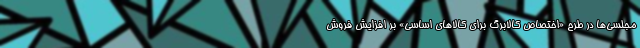
مجلسی‌ها در طرح «اختصاص کالابرگ برای کالاهای اساسی» بر افزایش فروش